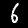
Digit: 6